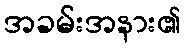
အခမ်းအနား၏